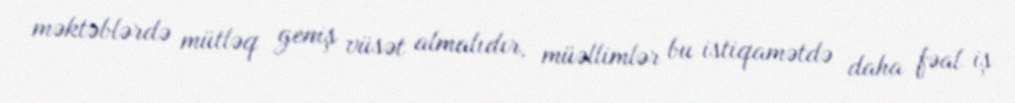
məktəblərdə mütləq geniş vüsət almalıdır, müəllimlər bu istiqamətdə daha fəal iş